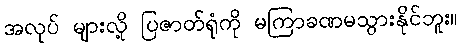
အလုပ် များလို့ ပြဇာတ်ရုံကို မကြာခဏမသွားနိုင်ဘူး။